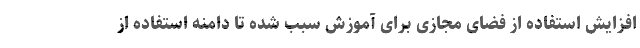
افزایش استفاده از فضای مجازی برای آموزش سبب شده تا دامنه استفاده از